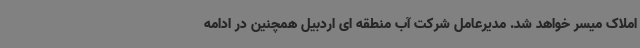
املاک میسر خواهد شد. مدیرعامل شرکت آب منطقه ای اردبیل همچنین در ادامه